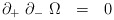
\begin{align*}\partial_+~\partial_-~\Omega~~=~~0~\end{align*}